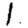
Digit: 1